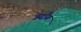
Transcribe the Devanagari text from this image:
ऊदौग